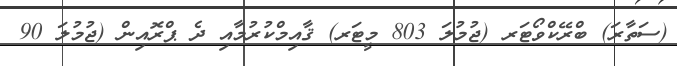
(ސަތާރަ) ބްރޭކްވޯޓަރ (ޖުމުލަ 803 މީޓަރ) ޤާއިމްކުރުމާއި ދެ ޕްރޮއިން (ޖުމުލަ 90